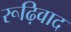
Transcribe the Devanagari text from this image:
रूढ़िवाद